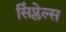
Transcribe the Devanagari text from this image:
सिंप्लेल्स